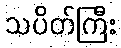
သပိတ်ကြီး